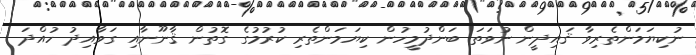
ނުކިޔަމަންތެރިވާ ޤައިދީން ނުވަތަ ބަންދުމީހުން ކިޔަމަންތެރި ކުރުމުގެ ގޮތުން ޤާނޫނާއި ގަވާއިދު ހުއްދަ